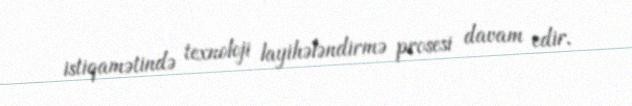
istiqamətində texnoloji layihələndirmə prosesi davam edir.